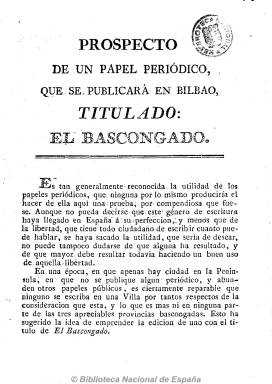
Título: El Bascongado (Bilbao)
Colección: Periódicos anteriores a 1850
Ámbito geográfico: Vizcaya
Lugar de publicación: Bilbao
Fechas: 01/01/1813-07/05/1814

Periódico político y constitucional que se publicó de 1813 a 1814. Su director fue el jurista Toribio Gutiérrez de Caviedes. Es considerado como el primer periódico de Bilbao y puede afirmarse que en él se sitúa el origen de la prensa bilbaína. Las posiciones políticas de “El Bascongado” son, en general, de un liberalismo firme pero conciliador y en sus páginas se refleja el agitado ambiente de la zona después de la derrota de las tropas francesas por parte de los ejércitos de Wellington. Aunque el periódico carece de  epígrafes, tenía coherencia a la hora de presentar sus contenidos: un primer bloque estaba dedicado a artículos de opinión, un segundo a noticias de España y del exterior, y un tercero a información comercial y pequeñas noticias locales. Recoge hechos históricos importantes para la historia de España, como el final de las guerras napoleónicas y la vuelta de Fernando VII a España.